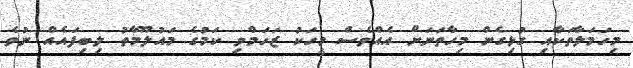
މިހަމަލާތަކާއި ގުޅިގެން މިހާތަނަށް އެއްވެސް މީހަކު ޒަހަމްވި ކަމުގެ މައުލޫމާތު ލިބިފައެއް ނުވެ